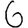
Digit: 6